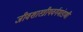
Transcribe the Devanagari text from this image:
जीवशास्त्रीयवर्गमांडणी